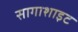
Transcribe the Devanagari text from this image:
सागाशाइट